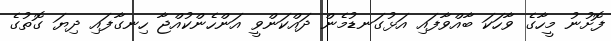
ފޮށުނު މީހާގެ ވާހަކަ ބާއްވާފައި އަޅުގަނޑުމެން ދައްކަންވީ އަންހެންކުއްޖާ ހިނގާފައި ދިޔަ ގޮތުގެ